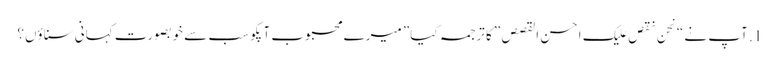
1. آپ نے “نحن نقص علیک احسن القصص” کا ترجمہ کیا” میرے محبوب آپکو سب سے خوبصورت کہانی سناؤں؟